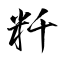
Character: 粁